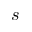
s